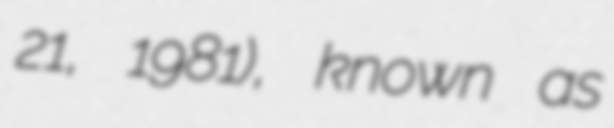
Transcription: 21, 1981), known as